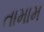
તામામ